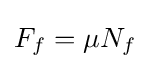
F_{f}=\mu N_{f}